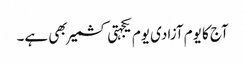
آج کا یوم آزادی یوم یکجہتی کشمیر بھی ہے۔